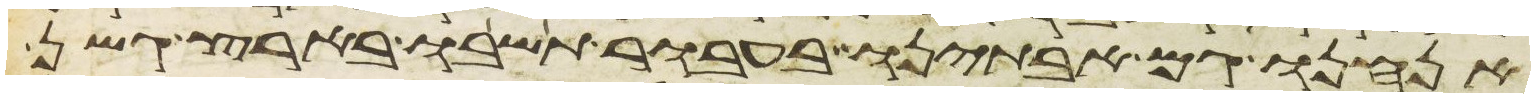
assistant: אנחנו גם אבתינו בעבור תשבו בארץ גשן